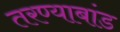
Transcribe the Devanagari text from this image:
तरण्याबांड